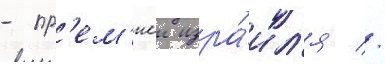
- пр'ем'иеи изра́ил'я //